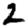
Digit: 2